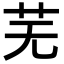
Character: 芜